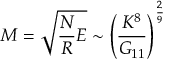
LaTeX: M = \sqrt { \frac { N } { R } E } \sim \left( \frac { K ^ { 8 } } { G _ { 1 1 } } \right) ^ { \frac { 2 } { 9 } }